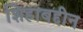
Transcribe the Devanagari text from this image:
शिहाबद्दीन